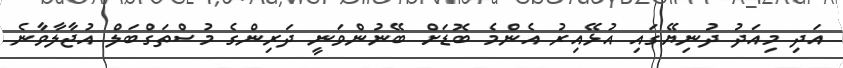
އަދި މިއަދު ދުނިޔޭގައި އުޅޭއިރު އެންމެ ބޮޑަށް ބޭނުންވަނީ ދަރިންގެ މުސްތަގްބަލް އުޖާލާވާނެ